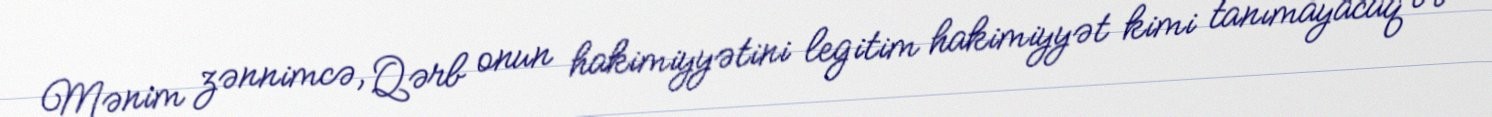
Mənim zənnimcə, Qərb onun hakimiyyətini legitim hakimiyyət kimi tanımayacaq və